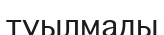
туылмады